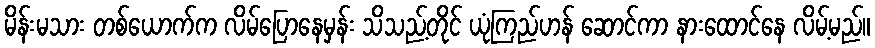
မိန်းမသား တစ်ယောက်က လိမ်ပြောနေမှန်း သိသည့်တိုင် ယုံကြည်ဟန် ဆောင်ကာ နားထောင်နေ လိမ့်မည်။